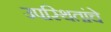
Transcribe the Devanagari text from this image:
उपस्थितांचे